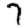
Digit: 7